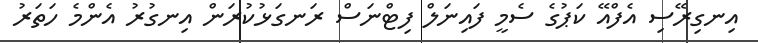
އިނގިރޭސި އެފްއޭ ކަޕުގެ ސެމީ ފައިނަލް ފިޓްނަސް ރަނގަޅުކުރަން އިނގުރު އެންމެ ހަތަރު